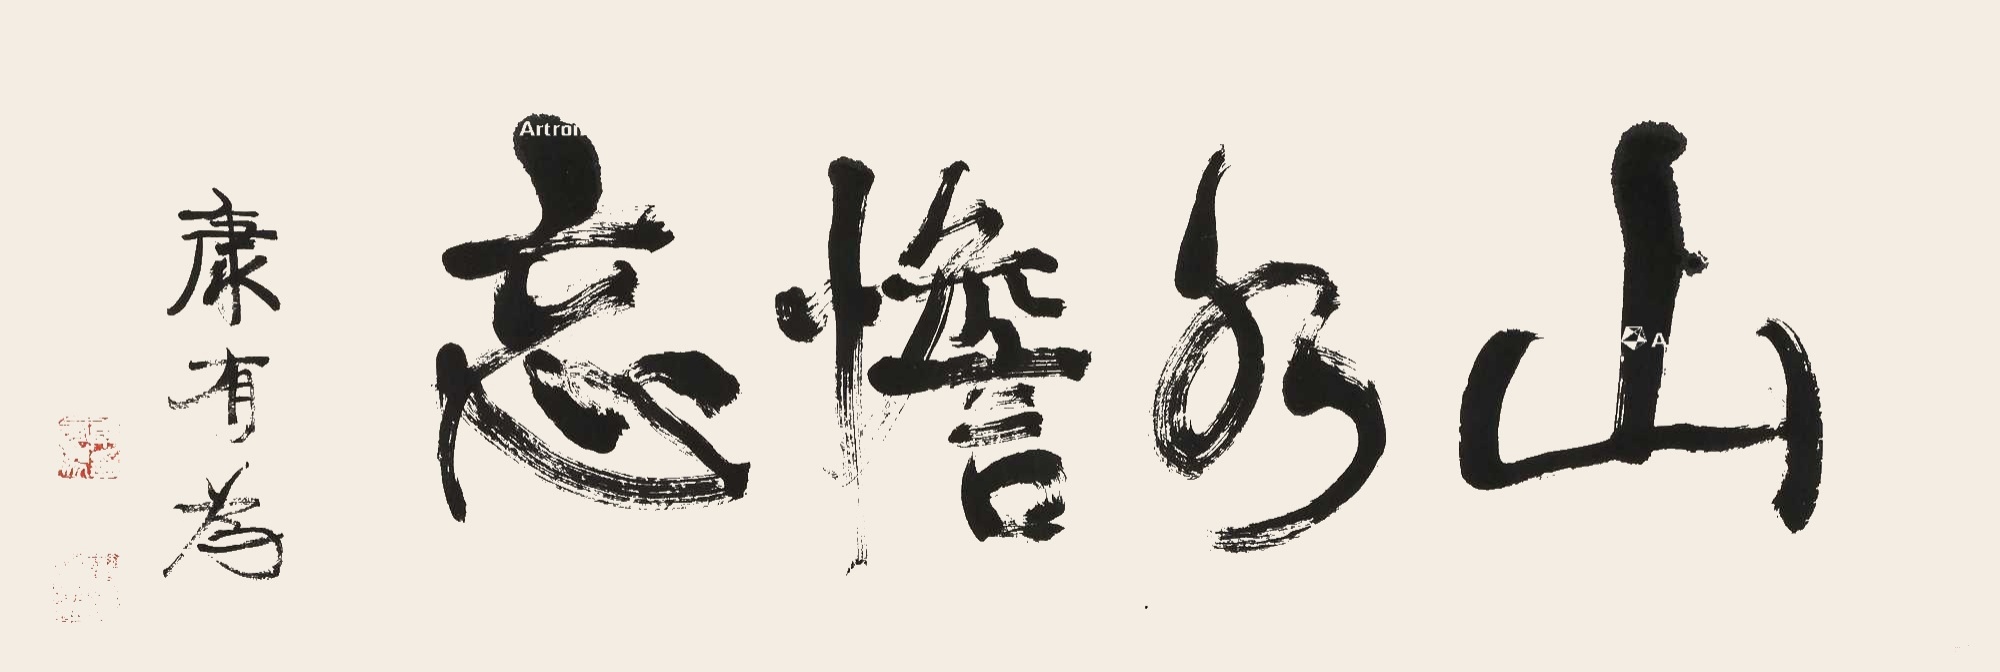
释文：山水憺忘。康有为。